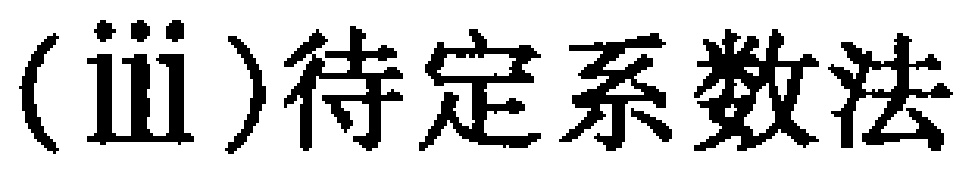
(iii)待定系数法